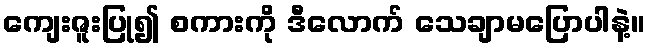
ကျေးဇူးပြု၍ စကားကို ဒီလောက် သေချာမပြောပါနဲ့။